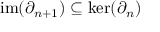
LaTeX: \mathrm { i m } ( \partial _ { n + 1 } ) \subseteq \ker ( \partial _ { n } )